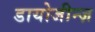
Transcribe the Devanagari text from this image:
डायोजीन्ज़